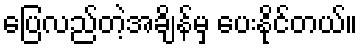
ပြေလည်တဲ့အချိန်မှ ပေးနိုင်တယ်။